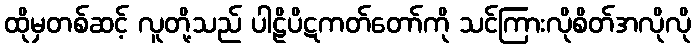
ထိုမှတစ်ဆင့် လူတို့သည် ပါဠိပိဋကတ်တော်ကို သင်ကြားလိုစိတ်အလိုလို